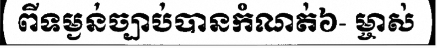
ពីទម្ងន់ច្បាប់បានកំណត់៦- ម្ចាស់